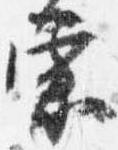
宗